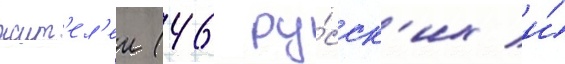
жит'ел'еи (46 ру́сск'их и́